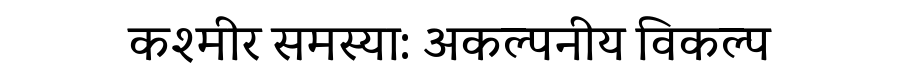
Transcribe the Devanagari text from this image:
कश्मीर समस्या: अकल्पनीय विकल्प